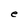
Character: e